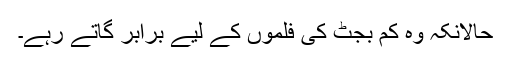
حالانکِہ وہ کم بجٹ کی فِلْموں کے لِیے برابر گاتے رہے۔